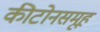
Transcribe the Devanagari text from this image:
कीटोनसमूह